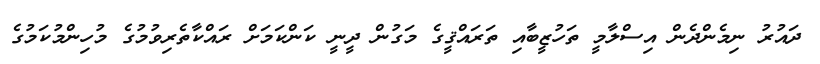
ދައުރު ނިމެންދެން އިސްލާމީ ތަހުޒީބާއި ތަރައްޤީގެ މަގުން ދީނީ ކަންކަމަށް ރައްކާތެރިވުމުގެ މުހިންމުކަމުގެ